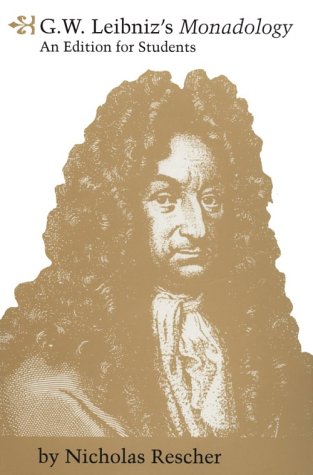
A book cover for G. W. Leibniz's Monadology : An Edition for Students; Nicholas Rescher; Politics & Social Sciences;